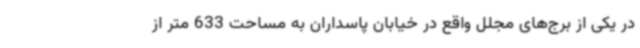
در یکی از برج‌های مجلل واقع در خیابان پاسداران به مساحت 633 متر از